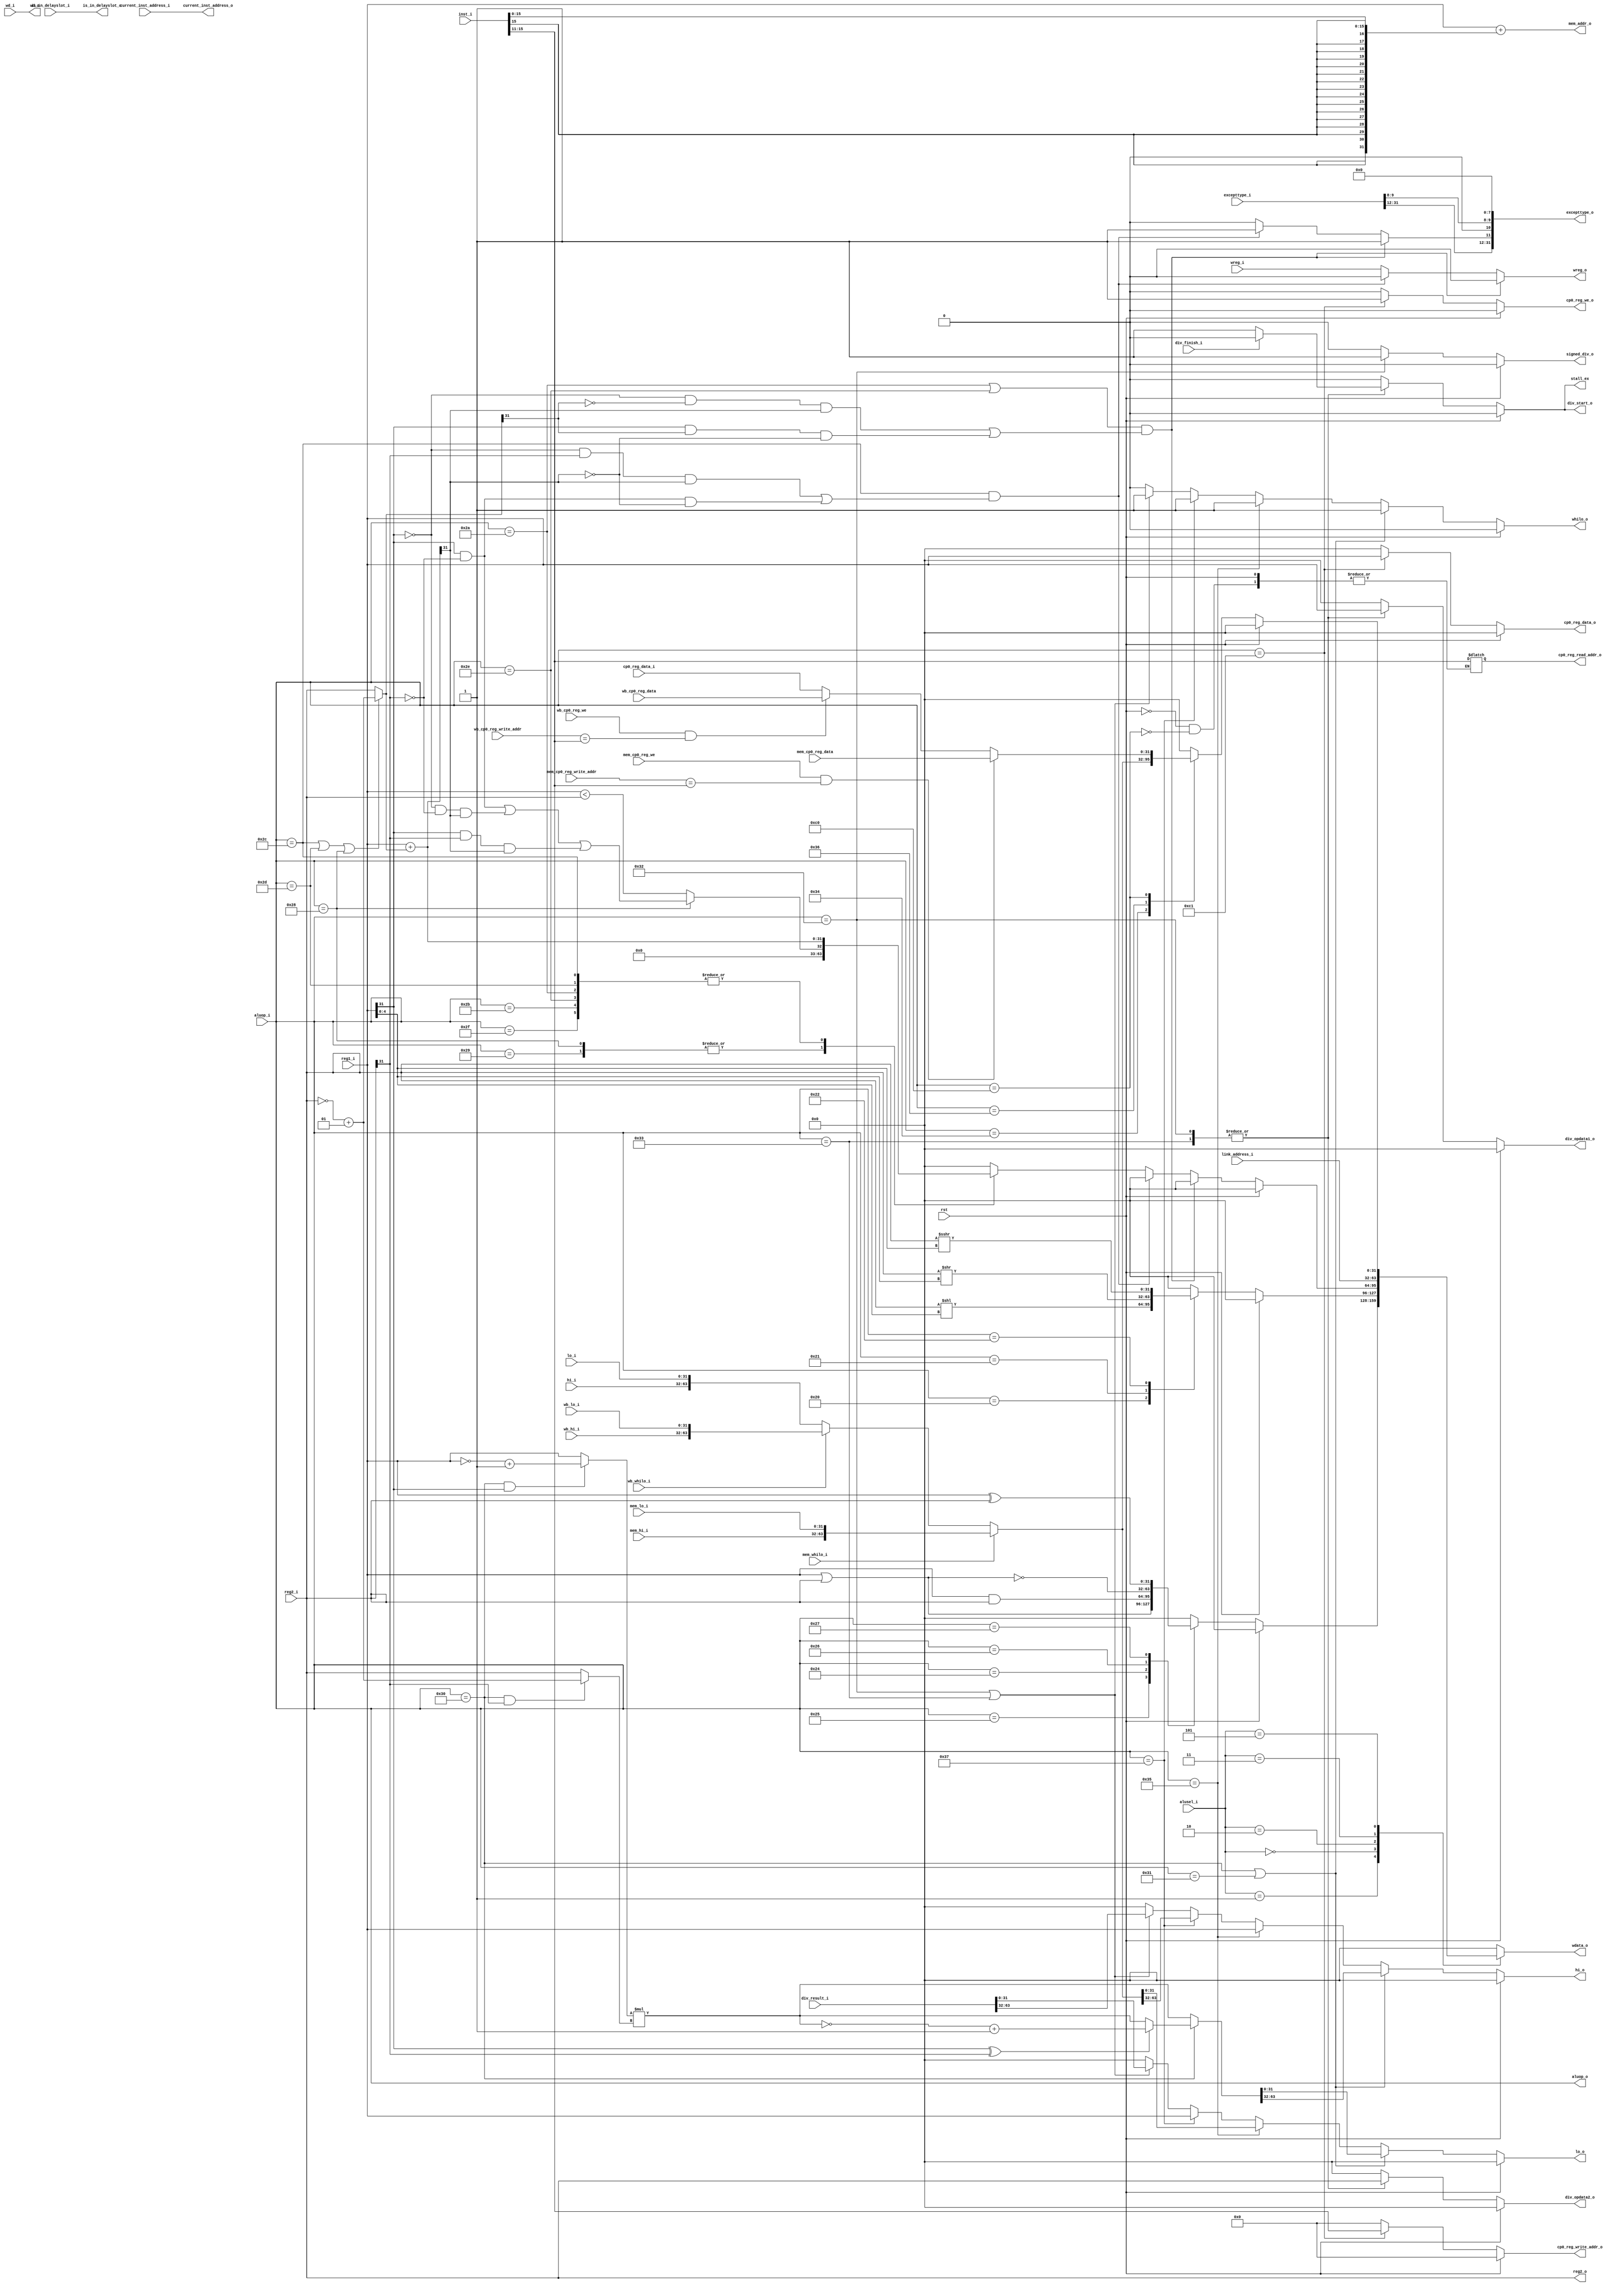
module EX(
input rst,
input [7:0] aluop_i,
input [2:0] alusel_i,
input [31:0] reg1_i,
input signed [31:0] reg2_i,
input [4:0] wd_i,
input wreg_i,
//hiloĴ
input [31:0] hi_i,
input [31:0] lo_i,

input [31:0] wb_hi_i,
input [31:0] wb_lo_i,
input wb_whilo_i,

input [31:0] mem_hi_i,
input [31:0] mem_lo_i,
input mem_whilo_i,

input [63:0] div_result_i,
input div_finish_i,

//CP0
input mem_cp0_reg_we,
input [4:0] mem_cp0_reg_write_addr,
input [31:0] mem_cp0_reg_data,

input wb_cp0_reg_we,
input [4:0] wb_cp0_reg_write_addr,
input [31:0] wb_cp0_reg_data,

input [31:0] cp0_reg_data_i,
output reg [4:0] cp0_reg_read_addr_o,

output reg cp0_reg_we_o,
output reg[4:0] cp0_reg_write_addr_o,
output reg[31:0] cp0_reg_data_o,

input [31:0] excepttype_i,
input [31:0] current_inst_address_i,
output [31:0] excepttype_o,
output is_in_delayslot_o,
output [31:0] current_inst_address_o,

/////////////////////////////////////


output reg[31:0] hi_o,
output reg[31:0] lo_o,
output reg whilo_o,
//
input [31:0] link_address_i,
input is_in_delayslot_i,

input [31:0] inst_i,

output [7:0] aluop_o,
output [31:0] mem_addr_o,
output [31:0] reg2_o,

output reg[4:0] wd_o,
output reg wreg_o,
output reg[31:0] wdata_o,


output reg[31:0] div_opdata1_o,
output reg[31:0] div_opdata2_o,
output reg div_start_o,
output reg signed_div_o,
output reg stall_ex

);
reg[31:0] logicout;
reg[31:0] shiftres;
reg[31:0] moveres;
reg[31:0] HI;
reg[31:0] LO;

reg stall_for_div;

wire ov_sum; //
wire reg1_eq_reg2;//һ=ڶ
wire reg1_lt_reg2;//һ<ڶ
reg[31:0] arithmeticres;//
wire[31:0] reg2_i_mux; //ĵڶreg2_iĲ

wire[31:0] result_sum; //ӷ
wire[31:0] opdata1_mult;
wire[31:0] opdata2_mult;


wire[63:0] hilo_temp;
reg[63:0] mulres;
wire ov_subsum;
reg ovassert;


assign excepttype_o = {excepttype_i[31:12], ovassert, 1'b0,
excepttype_i[9:8],8'h00};

assign is_in_delayslot_o = is_in_delayslot_i;
assign current_inst_address_o = current_inst_address_i;


assign aluop_o = aluop_i;
assign mem_addr_o = reg1_i + {{16{inst_i[15]}},inst_i[15:0]};
assign reg2_o = reg2_i;

assign reg2_i_mux = ((aluop_i ==  8'b00101100) || (aluop_i == 8'b00101101)||
                     (aluop_i == 8'b00101000)) ? (~reg2_i)+1 : reg2_i;
//зűȽתڶΪ
assign result_sum = reg1_i + reg2_i_mux;

assign ov_sum = (((!reg1_i[31] && !reg2_i_mux[31]) && result_sum[31])
|| ((reg1_i[31] && reg2_i_mux[31]) && (!result_sum[31])));
assign ov_subsum = (((!reg1_i[31] && reg2_i[31]) && result_sum[31])
|| ((reg1_i[31] && !reg2_i[31]) && (!result_sum[31])));


assign reg1_lt_reg2 = ((aluop_i == 8'b00101000))? 
((reg1_i[31] && !reg2_i[31]) || (!reg1_i[31] && !reg2_i[31] && result_sum[31])
||(reg1_i[31] && reg2_i[31] && result_sum[31])) : (reg1_i < reg2_i);//Ƚ


always@(*)begin 
    if(rst) begin
	     {HI,LO} <= {8'h00000000, 8'h00000000};
		  end
	 else if(mem_whilo_i == 1)begin
	     {HI,LO} <= {mem_hi_i, mem_lo_i};
		  end
	 else if(wb_whilo_i == 1)begin
	     {HI,LO} <= {wb_hi_i, wb_lo_i};
		  end
	 else begin 
	     {HI,LO} <= {hi_i, lo_i};
		  end
end

always@(*)begin //ƶ
if(rst)begin
    moveres <= 8'h00000000;
	 end
else begin
    moveres <= 8'h00000000;
	 case(aluop_i)
	     8'b00110100:begin //mfhi
		      moveres <= HI;
				end
        8'b00110110:begin //mflo
		      moveres <= LO;
				end
	     8'b11000000: begin //mfc0
		      cp0_reg_read_addr_o <= inst_i[15:11];
				moveres <= cp0_reg_data_i;
			   if(mem_cp0_reg_we == 1 && mem_cp0_reg_write_addr == inst_i[15:11])begin 
				    moveres <= mem_cp0_reg_data;
				    end
			   else if (wb_cp0_reg_we == 1 && wb_cp0_reg_write_addr == inst_i[15:11]) begin
				    moveres <= wb_cp0_reg_data;
					 end
			end
			default : begin
			end
	endcase
	
end
end
				    

 


always@(*)begin //
if(rst)begin
    arithmeticres <= 8'h00000000;
    end
else begin
    case(aluop_i)
	     8'b00101000,8'b00101001:begin //Ƚ
		      arithmeticres <= reg1_lt_reg2;
			   end
		  8'b00101010,8'b00101011,8'b00101110,8'b00101111:begin//ӷ
		      arithmeticres <= result_sum;
				end
		  8'b00101100,8'b00101101:begin //	      
				arithmeticres <= result_sum;
				end
		  default: begin
		      arithmeticres <= 8'h00000000;
				end
	 endcase
	 if(((aluop_i == 8'b00101010) || (aluop_i == 8'b00101110)) && (ov_sum == 1'b1)) begin
	     arithmeticres <= 8'h00000000;
	     end
    else if((aluop_i == 8'b00101100) &&(ov_subsum == 1'b1)) begin
	     arithmeticres <= 8'h00000000;
	     end
    end//
end//always
			



	 
always@(*)begin //߼

if(rst)begin
    logicout <= 8'h00000000;
	 end
else begin 
    case(aluop_i)
	 8'b00100101:begin //
	     logicout <= reg1_i | reg2_i;
		       end
	 8'b00100100:begin //
	     logicout <= reg1_i & reg2_i;
		       end
	 8'b00100110:begin //
	     logicout <= ~(reg1_i | reg2_i);
		       end
	 8'b00100111:begin //
	     logicout <= reg1_i ^ reg2_i;
		       end
	 default: begin
	     logicout <= 8'h00000000;
		       end
	 endcase
end//if
end//always



always@(*) begin //λ
if(rst) begin
    shiftres <= 8'h00000000;
	     end
else begin
    case(aluop_i)
	 8'b00100000:begin //߼
	     shiftres <= reg2_i << reg1_i[4:0] ;
		       end
	 8'b00100001:begin //߼
	     shiftres <= reg2_i >> reg1_i[4:0] ;
		       end
	 8'b00100010:begin //
	     shiftres <= reg2_i >>> reg1_i[4:0] ;
		 
		  
		  
		       end
	 default: begin
	     shiftres <= 8'h00000000;
		       end
	 endcase
end//if
end//always

always@(*) begin
    stall_ex = stall_for_div;
	 end
	 
always@(*)begin //
if(rst) begin
    stall_for_div <= 0;
	 div_opdata1_o <= 8'h00000000;
	 div_opdata2_o <= 8'h00000000;
    div_start_o <= 1'b0;
    signed_div_o <= 1'b0;
    end 
else begin
    stall_for_div <= 0;
	 div_opdata1_o <= 8'h00000000;
	 div_opdata2_o <= 8'h00000000;
    div_start_o <= 1'b0;
    signed_div_o <= 1'b0;
    case(aluop_i)
	     8'b00110010: begin
		      if(div_finish_i == 0) begin
				    div_opdata1_o <= reg1_i;
					 div_opdata2_o <= reg2_i;
					 div_start_o <= 1'b1;
					 signed_div_o <= 1'b1;
					 stall_for_div <= 1;
				    end
			   else if(div_finish_i == 1) begin
				    div_opdata1_o <= reg1_i;
					 div_opdata2_o <= reg2_i;
					 div_start_o <= 0;
					 signed_div_o <= 1'b1;
					 stall_for_div <= 0;
				    end
				else begin
				    stall_for_div <= 0;
	             div_opdata1_o <= 8'h00000000;
	             div_opdata2_o <= 8'h00000000;
                div_start_o <= 1'b0;
                signed_div_o <= 1'b0;
				    end
			   end
		  8'b00110011: begin
		      if(div_finish_i == 0) begin
				    div_opdata1_o <= reg1_i;
					 div_opdata2_o <= reg2_i;
					 div_start_o <= 1;
					 signed_div_o <= 1'b0;
					 stall_for_div <= 1;
				    end
			   else if(div_finish_i == 1) begin
				    div_opdata1_o <= reg1_i;
					 div_opdata2_o <= reg2_i;
					 div_start_o <= 0;
					 signed_div_o <= 1'b0;
					 stall_for_div <= 0;
				    end
				else begin
				    stall_for_div <= 0;
	             div_opdata1_o <= 8'h00000000;
	             div_opdata2_o <= 8'h00000000;
                div_start_o <= 1'b0;
                signed_div_o <= 1'b0;
				    end
			   end
		  default: begin
		      end
	endcase 
end 
end
        	 

	 
	 
assign opdata1_mult =((aluop_i == 8'b00110000) && (reg1_i[31] == 1'b1)) ? (~reg1_i + 1) : reg1_i;
assign opdata2_mult =((aluop_i == 8'b00110000) && (reg2_i[31] == 1'b1)) ? (~reg2_i + 1) : reg2_i;

assign hilo_temp = opdata1_mult * opdata2_mult;

always@(*)begin//˷ֵ
    if(rst == 1)begin
	     mulres <= 16'h0000000000000000;
	 end
	 else if(aluop_i == 8'b00110000) begin
	     if(reg1_i[31] ^ reg2_i[31] == 1'b1) begin
		      mulres <= ~hilo_temp + 1;
		  end 
		  else begin
		      mulres <= hilo_temp;
		  end
	 end
	 else begin 
	     mulres <= hilo_temp;
	 end
end

always@(*)begin//ֵ
wd_o <= wd_i;

if(((aluop_i == 8'b00101010) || (aluop_i == 8'b00101110)) && (ov_sum == 1'b1)) begin
    wreg_o <= 0;
	 ovassert <= 1'b1;

	 end
else if((aluop_i == 8'b00101100) &&(ov_subsum == 1'b1)) begin
    wreg_o <= 0;
	 ovassert <= 1'b1;
	 
	 end
else begin 
    wreg_o <= wreg_i;
	 ovassert <= 1'b0;
    end
    case(alusel_i)
	 3'b001: begin //߼
	     wdata_o <= logicout;
		   end
	 3'b000: begin //ȡλ
	     wdata_o <= shiftres;
		   end
	 3'b010: begin //
	     wdata_o <= arithmeticres;
		  end
	 3'b011: begin
	     wdata_o <= link_address_i;
		  end
	 3'b101: begin
	     wdata_o <= moveres;
		  end
	 default:
	     wdata_o <= 32'h00000000;
		  
	
	 endcase 
end

always@(*) begin //hilo
    if(rst)begin
	     whilo_o <= 0;
		  hi_o <= 8'h00000000;
		  lo_o <= 8'h00000000;
		  end
	 else if ((aluop_i == 8'b00110000) || (aluop_i == 8'b00110001)) begin //mul
	     whilo_o <= 1;
	     hi_o <= mulres[63:32];
	     lo_o <= mulres[31:0];
		  end
	 else if(aluop_i == 8'b00110101) begin //mthi
	     whilo_o <= 1;
		  hi_o <= reg1_i;
		  lo_o <= LO;
		  end
	 else if(aluop_i == 8'b00110111) begin //mtlo
	     whilo_o <= 1;
		  hi_o <= HI;
		  lo_o <= reg1_i;
		  end
	 else if((aluop_i == 8'b00110010) || (aluop_i == 8'b00110011)) begin //div
	     whilo_o <= 1;
	     hi_o <= div_result_i[63:32];
	     lo_o <= div_result_i[31:0];
	     end
	 else begin
	     whilo_o <= 0;
		  hi_o <= 8'h00000000;
		  lo_o <= 8'h00000000;
		  end
end

always@(*)begin 
    if(rst==1) begin 
	     cp0_reg_write_addr_o <= 5'b00000;
		  cp0_reg_we_o <= 1'b0;
		  cp0_reg_data_o <= 32'h00000000;
		  end
	 else if(aluop_i == 8'b11000001) begin
	     cp0_reg_write_addr_o <= inst_i[15:11];
		  cp0_reg_we_o <= 1'b1;
		  cp0_reg_data_o <= reg1_i;
		  end
	 else begin
	     cp0_reg_write_addr_o <= 5'b00000;
		  cp0_reg_we_o <= 1'b0;
		  cp0_reg_data_o <= 32'h00000000;
		  end
end
		      




endmodule